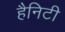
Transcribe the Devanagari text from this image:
हैनिटी